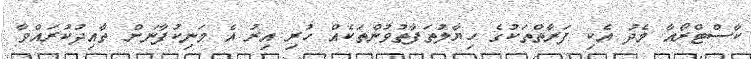
ކާސްޓްރޯއާ މެދު އެކި ފަރާތްތަކުގެ ހިޔާލުތަފާތުވުންތަކެއް ހުރި އިރު އެ މަނިކުފާނަށް ތާއިދުކުރައްވާ